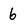
Character: 6